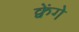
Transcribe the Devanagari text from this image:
क्वेंगे